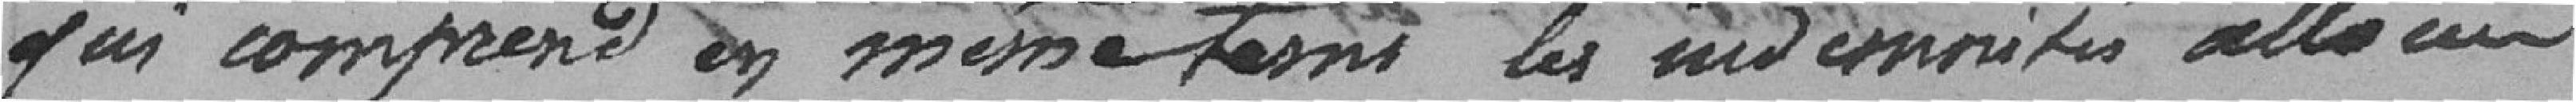
qui comprends en même temps les indemnités allouées